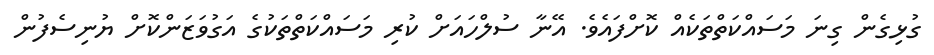
ގުޅިގެން ގިނަ މަސައްކަތްތަކެއް ކޮށްފައެވެ. އޭނާ ސުލްހައަށް ކުރި މަސައްކަތްތަކުގެ އަގުވަޒަންކޮށް ޔުނިސެފުން